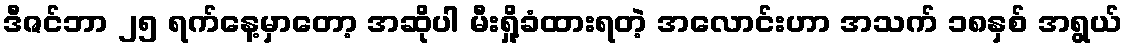
ဒီဇင်ဘာ ၂၅ ရက်နေ့မှာတော့ အဆိုပါ မီးရှို့ခံထားရတဲ့ အလောင်းဟာ အသက် ၁၈နှစ် အရွယ်